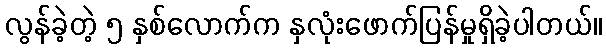
လွန်ခဲ့တဲ့ ၅ နှစ်လောက်က နှလုံးဖောက်ပြန်မှုရှိခဲ့ပါတယ်။